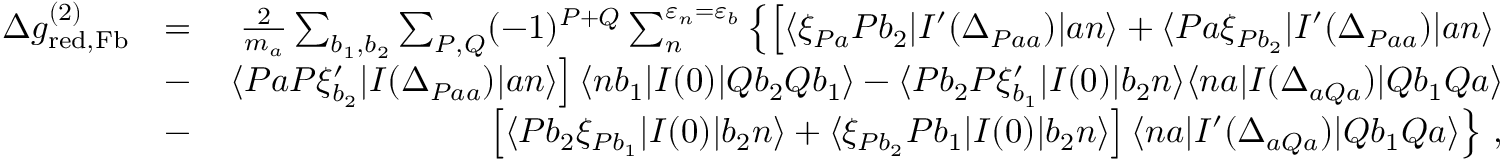
\begin{array} { r l r } { \Delta g _ { \mathrm { r e d , F b } } ^ { ( 2 ) } } & { = } & { \frac { 2 } { m _ { a } } \sum _ { b _ { 1 } , b _ { 2 } } \sum _ { P , Q } ( - 1 ) ^ { P + Q } \sum _ { n } ^ { \varepsilon _ { n } = \varepsilon _ { b } } \left\{ \left[ \langle \xi _ { P a } P b _ { 2 } | I ^ { \prime } ( \Delta _ { P a a } ) | a n \rangle + \langle P a \xi _ { P b _ { 2 } } | I ^ { \prime } ( \Delta _ { P a a } ) | a n \rangle \right. \right. } \\ & { - } & { \left. \langle P a P \xi _ { b _ { 2 } } ^ { \prime } | I ( \Delta _ { P a a } ) | a n \rangle \right] \langle n b _ { 1 } | I ( 0 ) | Q b _ { 2 } Q b _ { 1 } \rangle - \langle P b _ { 2 } P \xi _ { b _ { 1 } } ^ { \prime } | I ( 0 ) | b _ { 2 } n \rangle \langle n a | I ( \Delta _ { a Q a } ) | Q b _ { 1 } Q a \rangle } \\ & { - } & { \left. \left[ \langle P b _ { 2 } \xi _ { P b _ { 1 } } | I ( 0 ) | b _ { 2 } n \rangle + \langle \xi _ { P b _ { 2 } } P b _ { 1 } | I ( 0 ) | b _ { 2 } n \rangle \right] \langle n a | I ^ { \prime } ( \Delta _ { a Q a } ) | Q b _ { 1 } Q a \rangle \right\} \, , } \end{array}